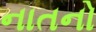
નાતનો